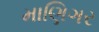
માણિગર